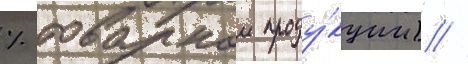
% товарнои проду́кции) //